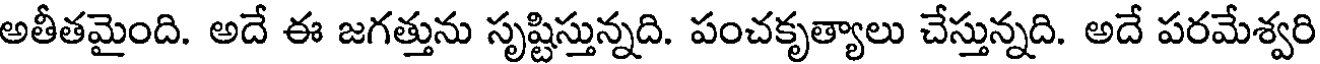
అతీతమైంది. అదే ఈ జగత్తును సృష్టిస్తున్నది. పంచకృత్యాలు చేస్తున్నది. అదే పరమేశ్వరి